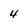
Character: 4